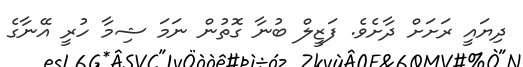
ދިޔައީ ރަށަށް ދާށެވެ. ފަޒީލް ބުނާ ގޮތުން ނަމަ ޝިމާ ހުރީ އޭނާގެ